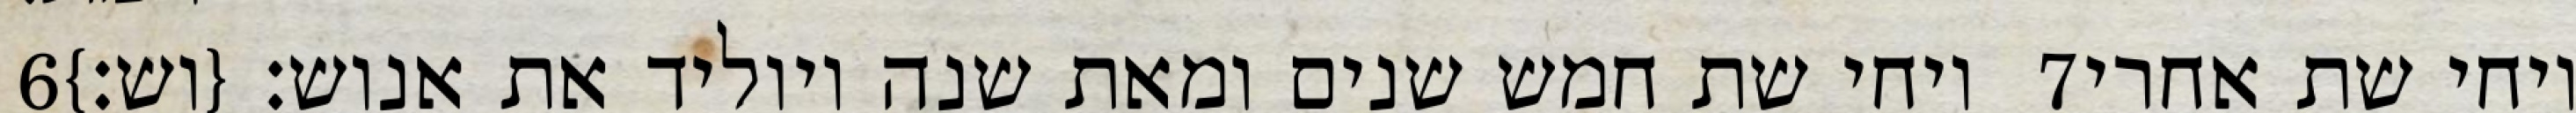
‎6‏ ויחי שת חמש שנים ומאת שנה ויוליד את אנוש׃ {וש׃} ‎7‏ ויחי שת אחרי